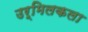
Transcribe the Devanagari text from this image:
उर्मिलकला